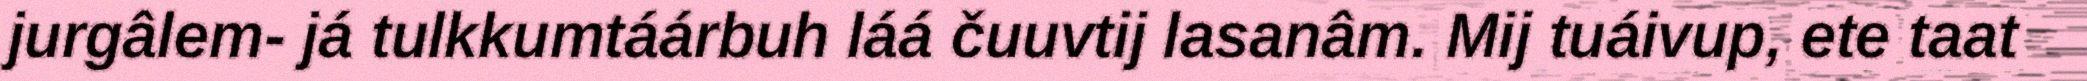
jurgâlem- já tulkkumtáárbuh láá čuuvtij lasanâm. Mij tuáivup, ete taat